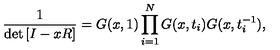
\frac { 1 } { \det \left[ I - x R \right] } = G ( x , 1 ) \prod _ { i = 1 } ^ { N } G ( x , t _ { i } ) G ( x , t _ { i } ^ { - 1 } ) ,